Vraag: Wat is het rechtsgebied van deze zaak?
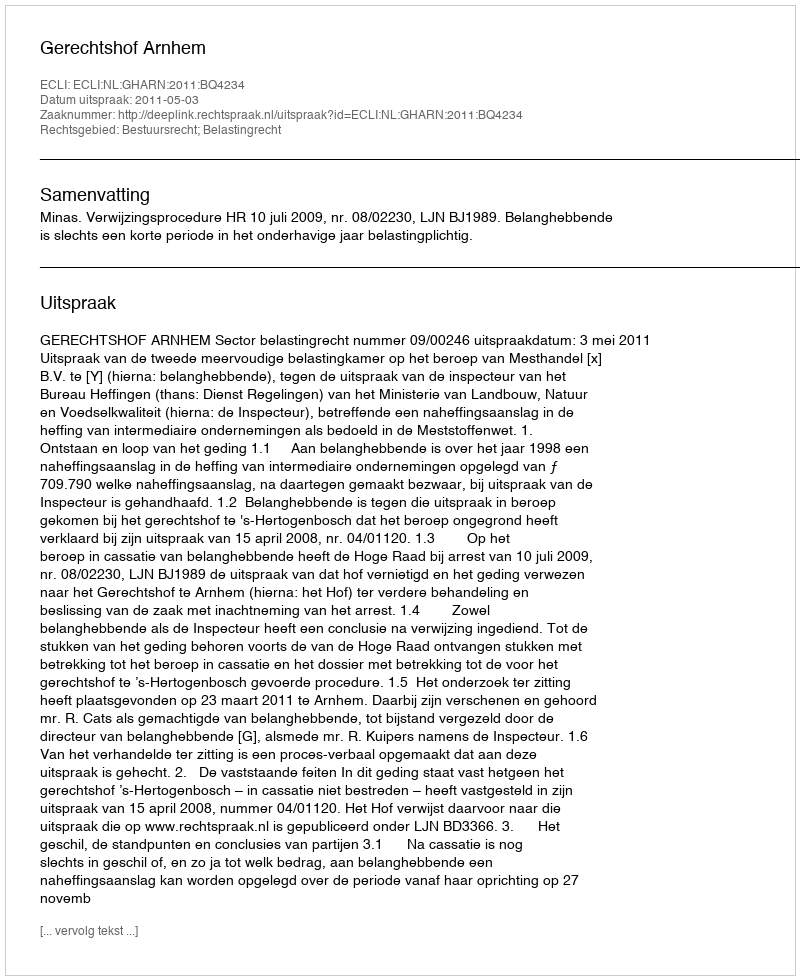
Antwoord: Bestuursrecht; Belastingrecht